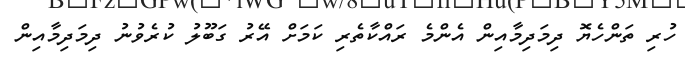
ހުރި ތަންހެޔޮ ދިމަދިމާއިން އެންމެ ރައްކާތެރި ކަމަށް އޭރު ގަބޫލު ކުރެވުނު ދިމަދިމާއިން